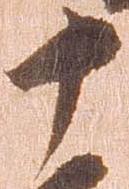
十